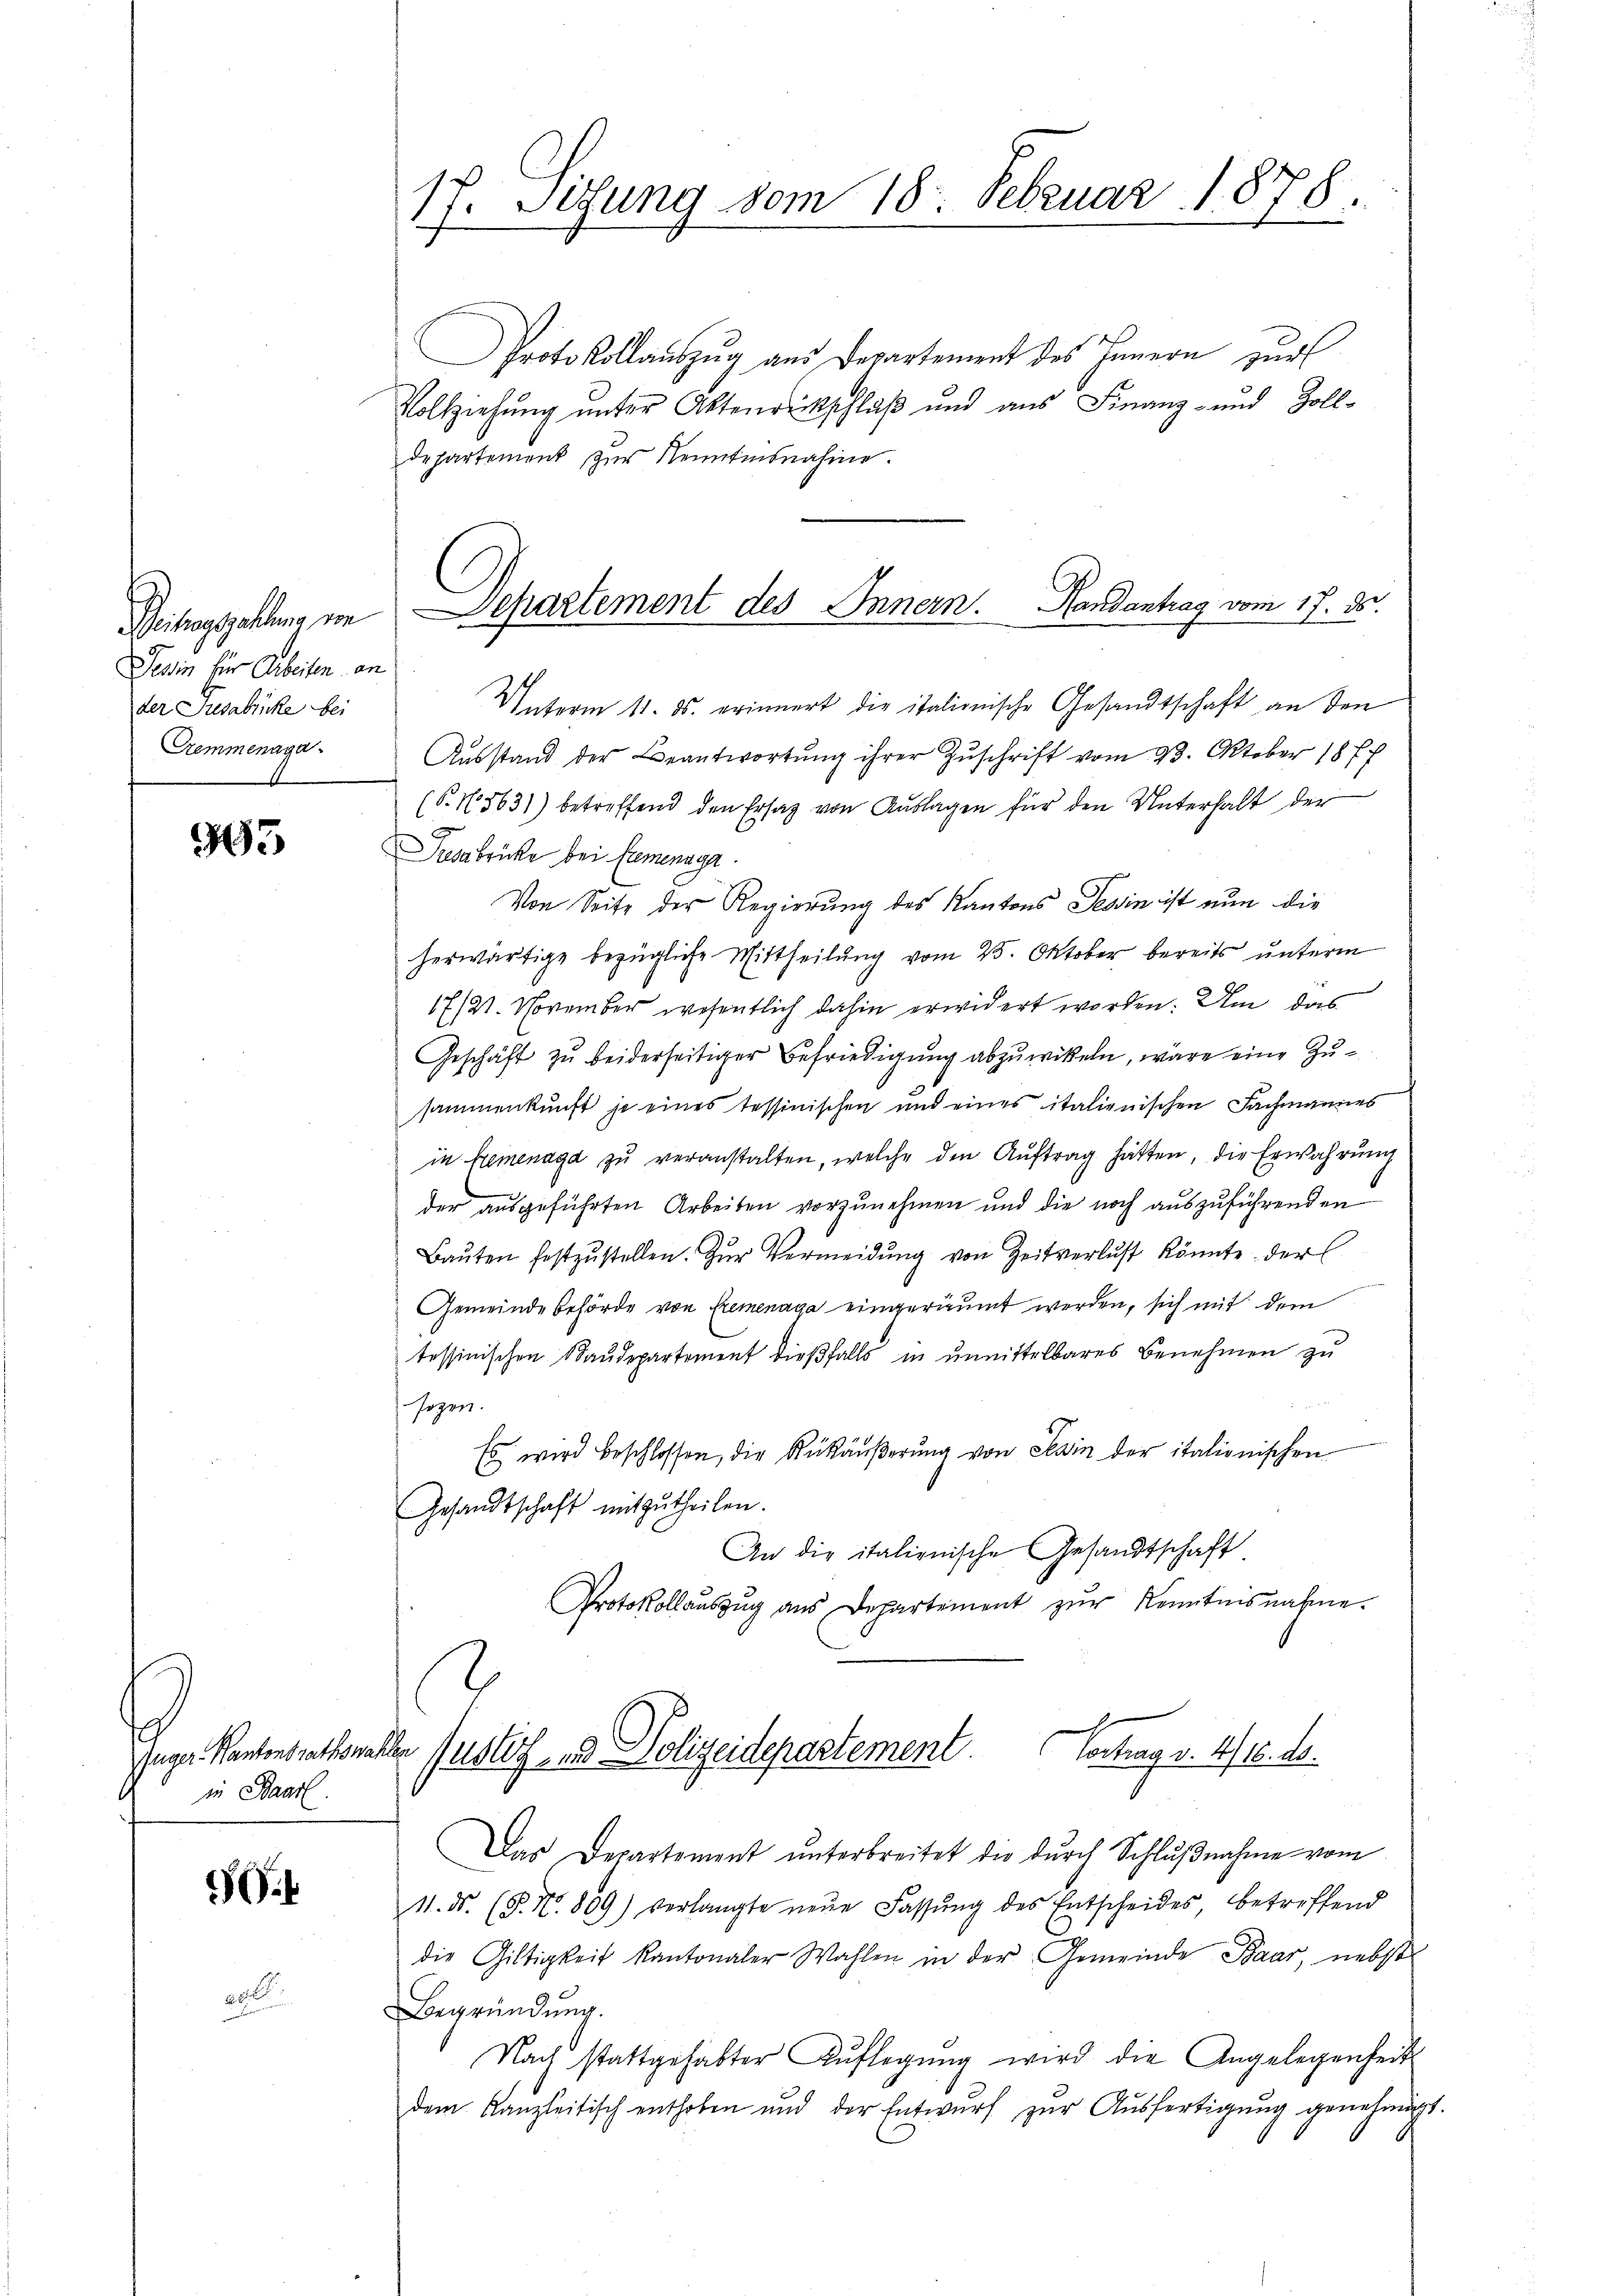
Geitragstellung in
Tessin für Arbeiten an
der Resabrücke bei
Cremmenaga.

33

in Baarl.

5

20.

17. Sitzung vom 18. Februar 1878
11.

Dchartement des Innern. Handantrag vom 17. ds.

Protokollauszug aus Departement des Innern zur
Vollziehung unter Aktenrückschluß und aus Finanz- und Zolldepartement zur Kenntnisnahme.
Unterm 11. ds. erinnert die italionische Gesandtschaft an den
Ausstand der Beantwortung ihrer Zuschrift vom 23. Oktober 1877
(§. 15631) betreffend den Ersatz von Auslagen für den Unterhalt der
Pedabrücke bei Elemenage
Von Seite der Regierung des Kantons Tessin ist nun die
herwärtige bezügliche Mittheilung vom 25. Oktober bereits unterm
17/21. November wesentlich dahin erwidert worden. Um das
Geschäft zu beiderseitiger Befriedigung abzuwikeln, wäre eine Zusammenkunft je eines tessinischen und eines italienischen Fachmannes
in hemenaga zu veranstalten, welche den Auftrag hätten, die Erwahrung
der ausgeführten Arbeiten vorzunehmen und die noch auszuführenden
Baŭten festzŭstellen. Zŭr Vermeidŭng von Zeitverlust könnte der
Gemeindebehörde von Elemenaga eingeräumt werden, sich mit dem
tessinischen Staudepartement dießfalls in unmittelbares Benehmen zu
sezen.
Es wird beschlossen, die Rükäußerung von Sein der italionischen
Gesandtschaft mitzutheilen.
An die italienische Gesandtschaft
Protokollauszug aus Departement zur Kenntnisnahme.
Jugen Kantonsrathswahlen Justiz, und Polizeidepartement
Vertrag v. 4/16. 16.
Das Departement ŭnterbreitet die dŭrch Schlŭβnahme vom
11. ds. (§. N. 809) verlangte neŭe Fassŭng des Entscheides betreffend
die Giltigkeit kantonaler Wahlen in der Gemeinde Baar, nebst
Begründung.
Nach stattgehabter Aŭflegŭng wird die Angelegenheit
dem Kanzleitisch enthoben und der Entwurf zur Ausfertigung genehmig

.